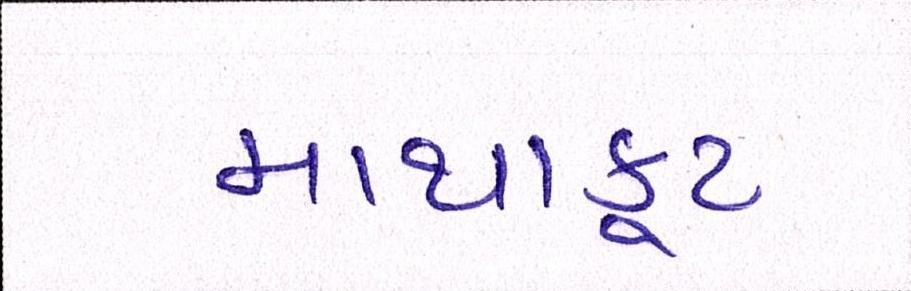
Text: માથાકૂટ